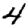
Digit: 4